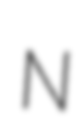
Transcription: N